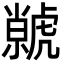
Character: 虩